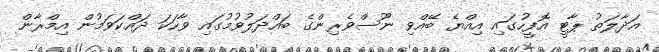
އަދާލަތު ޕާޓީ އޮފީހުގައި އިއްޔެ ބޭއްވި ނޫސްވެރިންގެ ބައްދަލުވުމުގައި ވާހަކަ ދައްކަވަމުން އިމްރާން